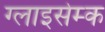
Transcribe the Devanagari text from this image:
ग्लाइसेम्क